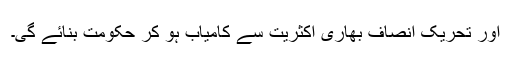
اور تحریک انصاف بھاری اکثریت سے کامیاب ہو کر حکومت بنائے گی۔